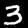
Digit: 3